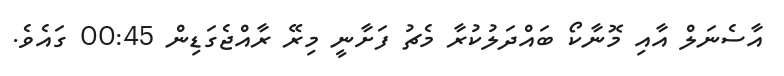
އާސެނަލް އާއި މޮނާކޯ ބައްދަލުކުރާ މެޗު ފަށާނީ މިރޭ ރާއްޖެގަޑިން 00:45 ގައެވެ.